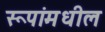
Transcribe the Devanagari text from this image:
रूपांमधील